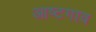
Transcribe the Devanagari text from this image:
आष्टगाव